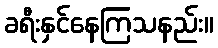
ခရီးနှင်နေကြသနည်း။